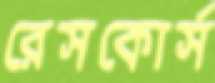
রেসকোর্স